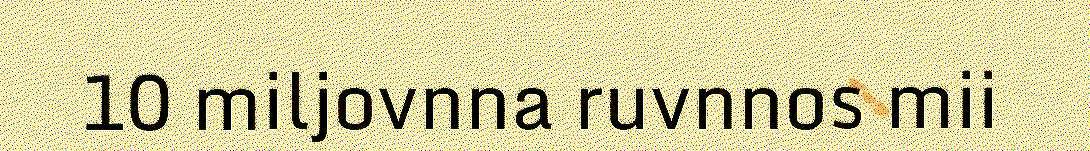
10 miljovnna ruvnnos mii